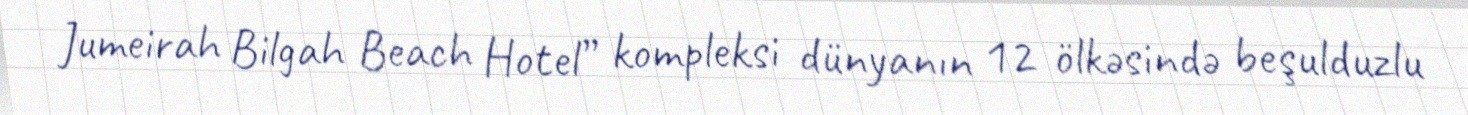
Jumeirah Bilgah Beach Hotel” kompleksi dünyanın 12 ölkəsində beşulduzlu